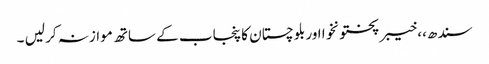
سندھ،، خیبر پختونخوا اور بلوچستان کا پنجاب کے ساتھ موازنہ کر لیں ۔